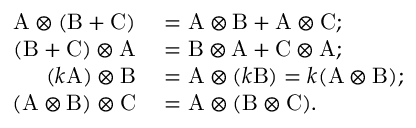
\begin{array} { r l } { \mathrm { A } \otimes ( \mathrm { B } + \mathrm { C } ) } & { { } = \mathrm { A } \otimes \mathrm { B } + \mathrm { A } \otimes \mathrm { C } ; } \\ { ( \mathrm { B } + \mathrm { C } ) \otimes \mathrm { A } } & { { } = \mathrm { B } \otimes \mathrm { A } + \mathrm { C } \otimes \mathrm { A } ; } \\ { ( k \mathrm { A } ) \otimes \mathrm { B } } & { { } = \mathrm { A } \otimes ( k \mathrm { B } ) = k ( \mathrm { A } \otimes \mathrm { B } ) ; } \\ { ( \mathrm { A } \otimes \mathrm { B } ) \otimes \mathrm { C } } & { { } = \mathrm { A } \otimes ( \mathrm { B } \otimes \mathrm { C } ) . } \end{array}